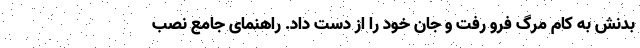
بدنش به کام مرگ فرو رفت و جان خود را از دست داد. راهنمای جامع نصب